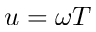
u = \omega T